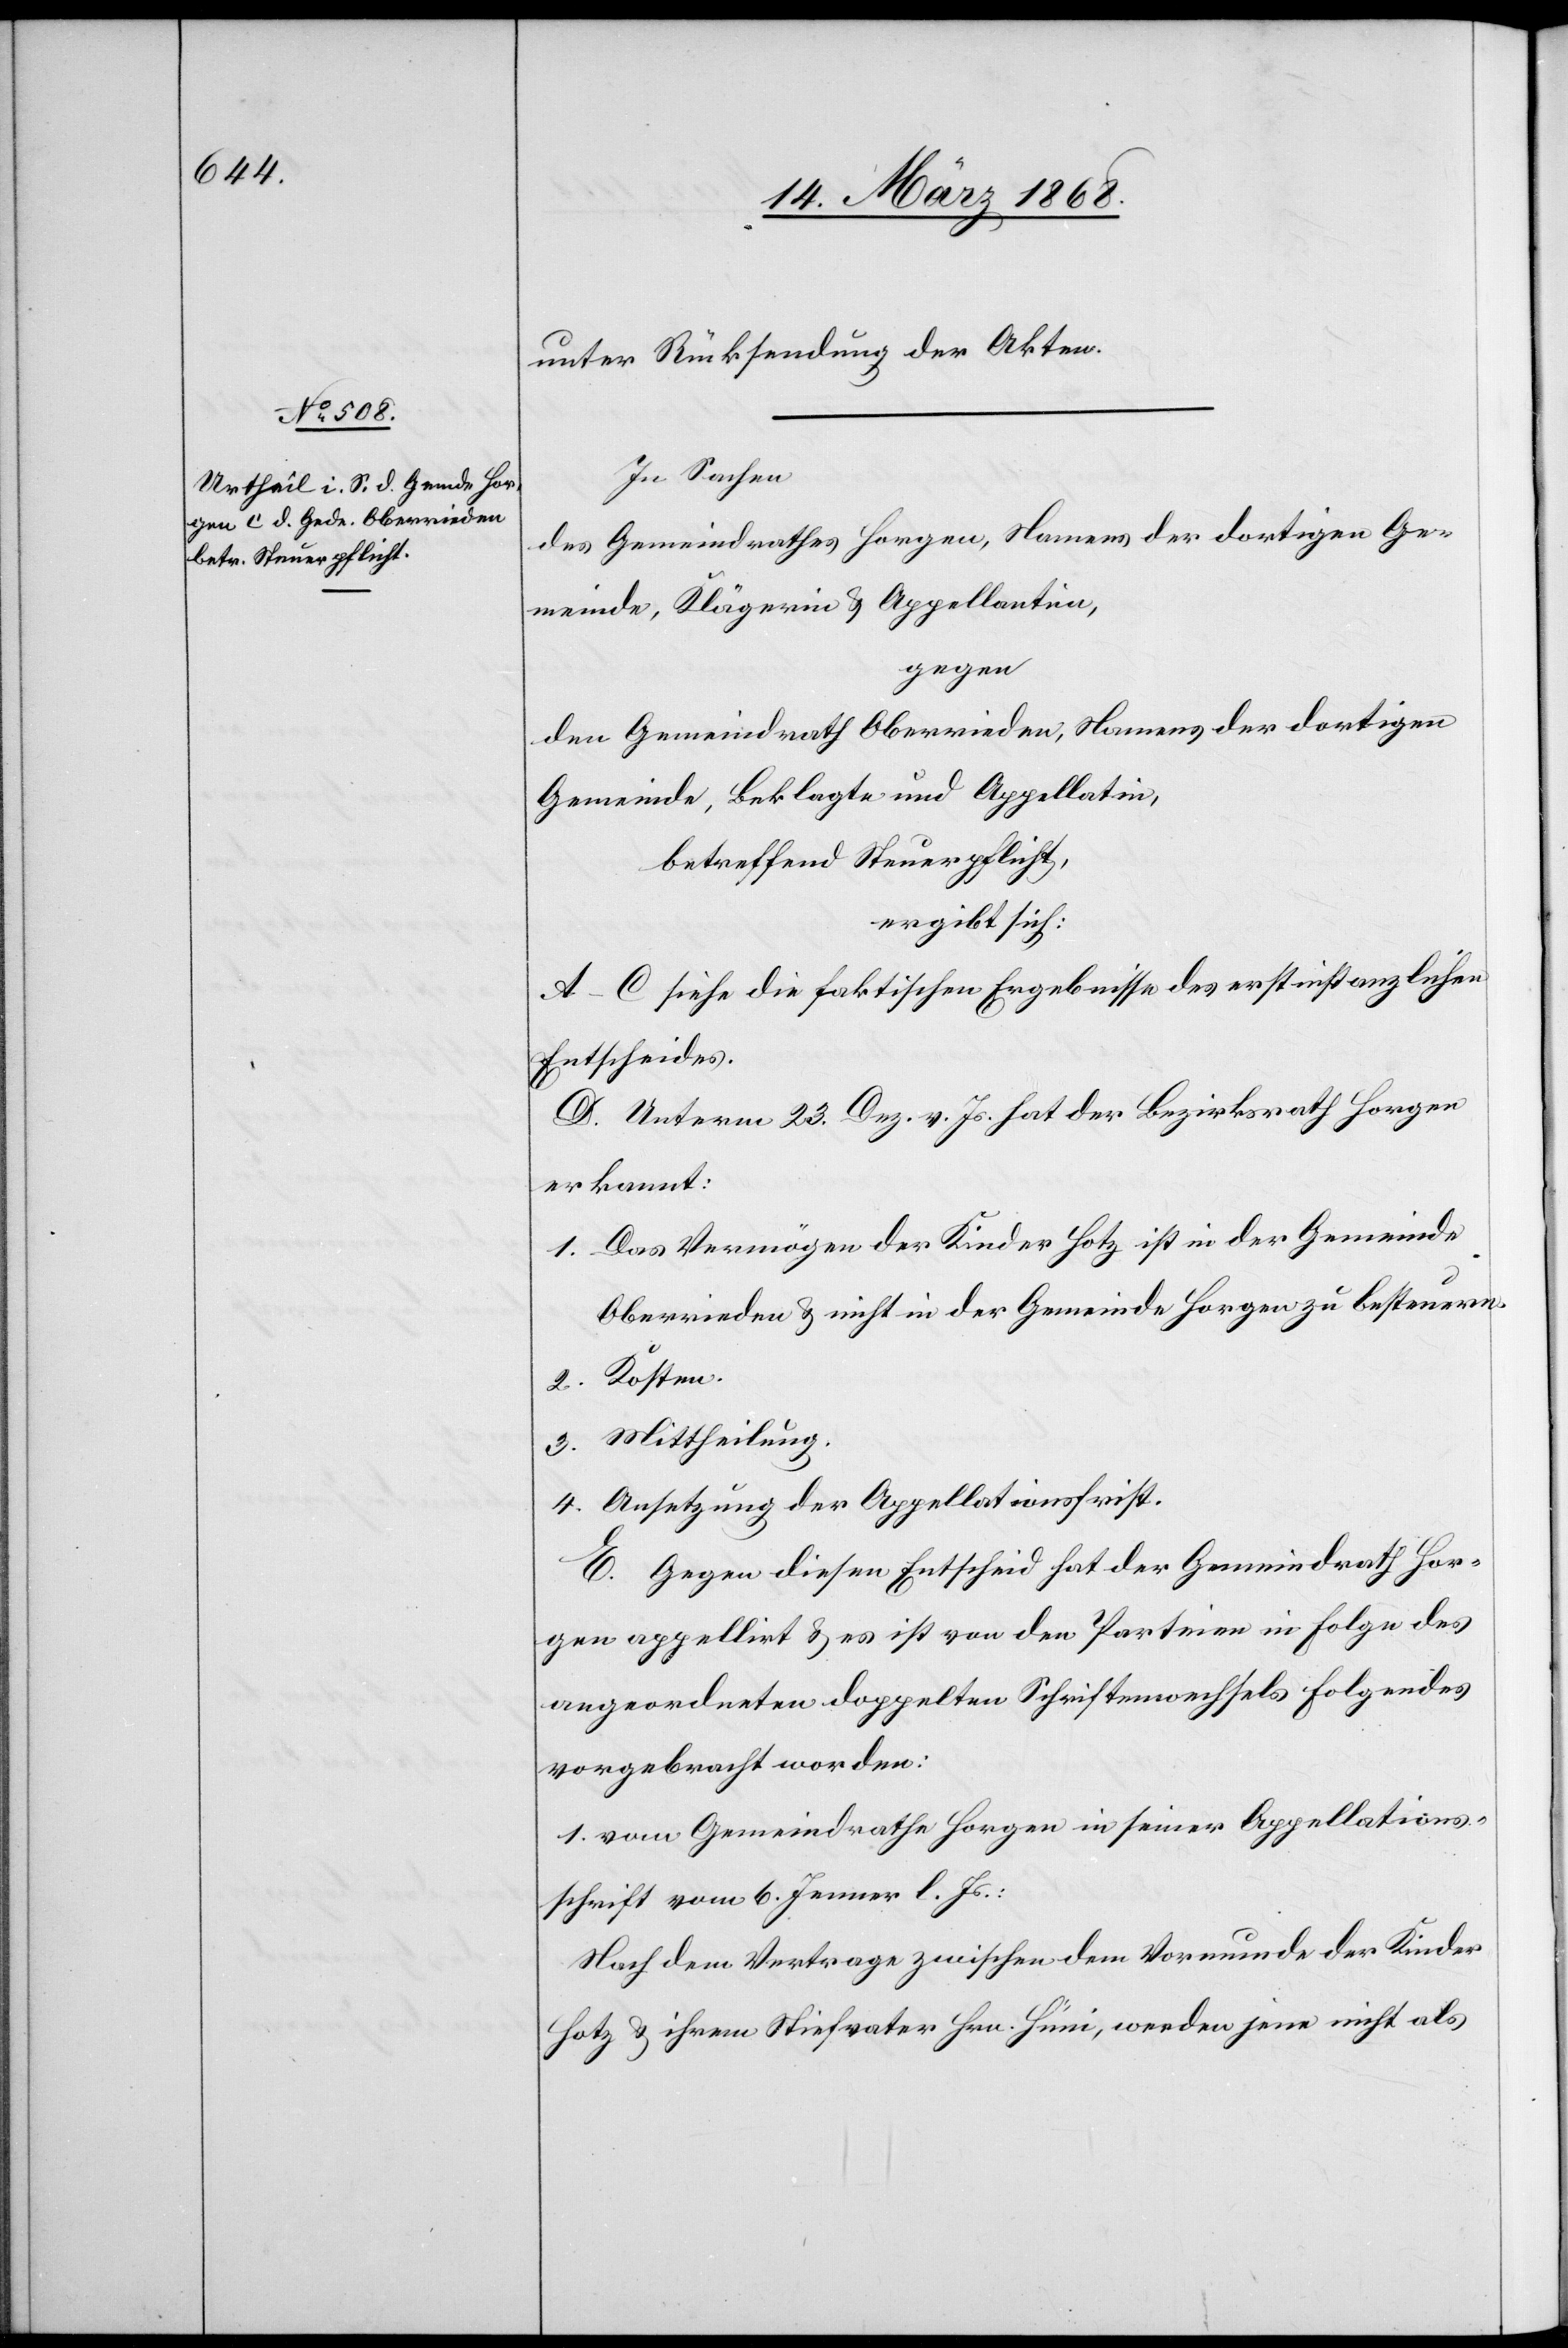
unter Rücksendung der Akten.
In Sachen
des Gemeindrathes Horgen, Namens der dortigen Ge¬
meinde, Klägerin & Appellantin,
gegen
den Gemeindrath Oberrieden, Namens der dortigen
Gemeinde, Beklagte und Appellatin,
betreffend Steuerpflicht,
ergibt sich:
A–C siehe die faktischen Ergebnisse des erstinstanzlichen
Entscheides.
D. Unterm 23. Dez. v. Js. hat der Bezirksrath Horgen
erkannt:
Das Vermögen der Kinder Hotz ist in der Gemeinde
Oberrieden & nicht in der Gemeinde Horgen zu besteuern.
Ansetzung der Appellationsfrist.
E. Gegen diesen Entscheid hat der Gemeindrath Hor¬
gen appellirt & es ist von den Parteien in Folge des
angeordneten doppelten Schriftenwechsels Folgendes
vorgebracht worden:
1. vom Gemeindrathe Horgen in seiner Appellations¬
schrift vom 6. Jenner l. Js.:
Nach dem Vertrage zwischen dem Vormunde der Kinder
Hotz & ihrem Stiefvater Hrn. Hüni, werden jene nicht als